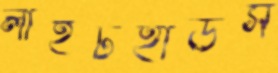
লাইটহাউস